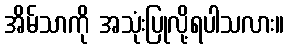
အိမ်သာကို အသုံးပြုလို့ရပါသလား။